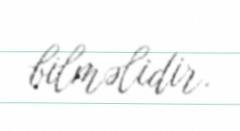
bilməlidir.